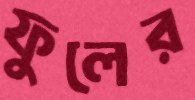
ফুলের